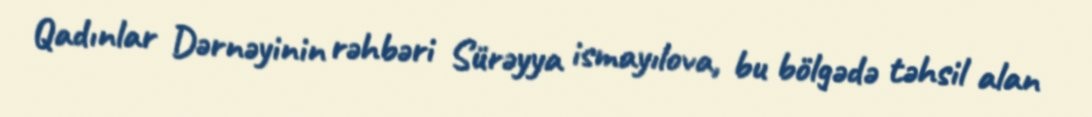
Qadınlar Dərnəyinin rəhbəri Sürəyya ismayılova, bu bölgədə təhsil alan